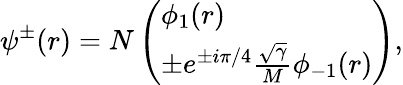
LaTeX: \psi^{\pm}(r)=N\left(\begin{array}{l}{{\phi_{1}(r)}}\\ {{\pm e^{\pm i\pi/4}\frac{\sqrt{\gamma}}{M}\phi_{-1}(r)}}\end{array}\right),